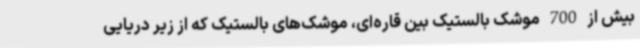
بیش از 700 موشک بالستیک بین قاره‌ای، موشک‌های بالستیک که از زیر دریایی